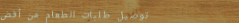
توصيل طلبات الطعام من أفض